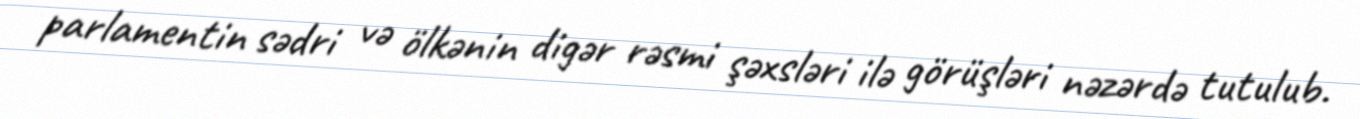
parlamentin sədri və ölkənin digər rəsmi şəxsləri ilə görüşləri nəzərdə tutulub.